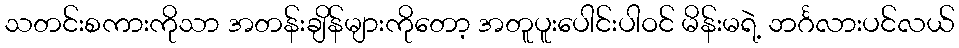
သတင်းစကားကိုသာ အတန်းချိန်များကိုတော့ အတူပူးပေါင်းပါဝင် မိန်းမရဲ့ ဘင်္ဂလားပင်လယ်